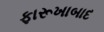
ફારૂખાબાદ